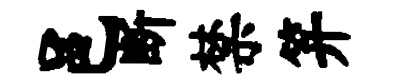
邑断禁笄